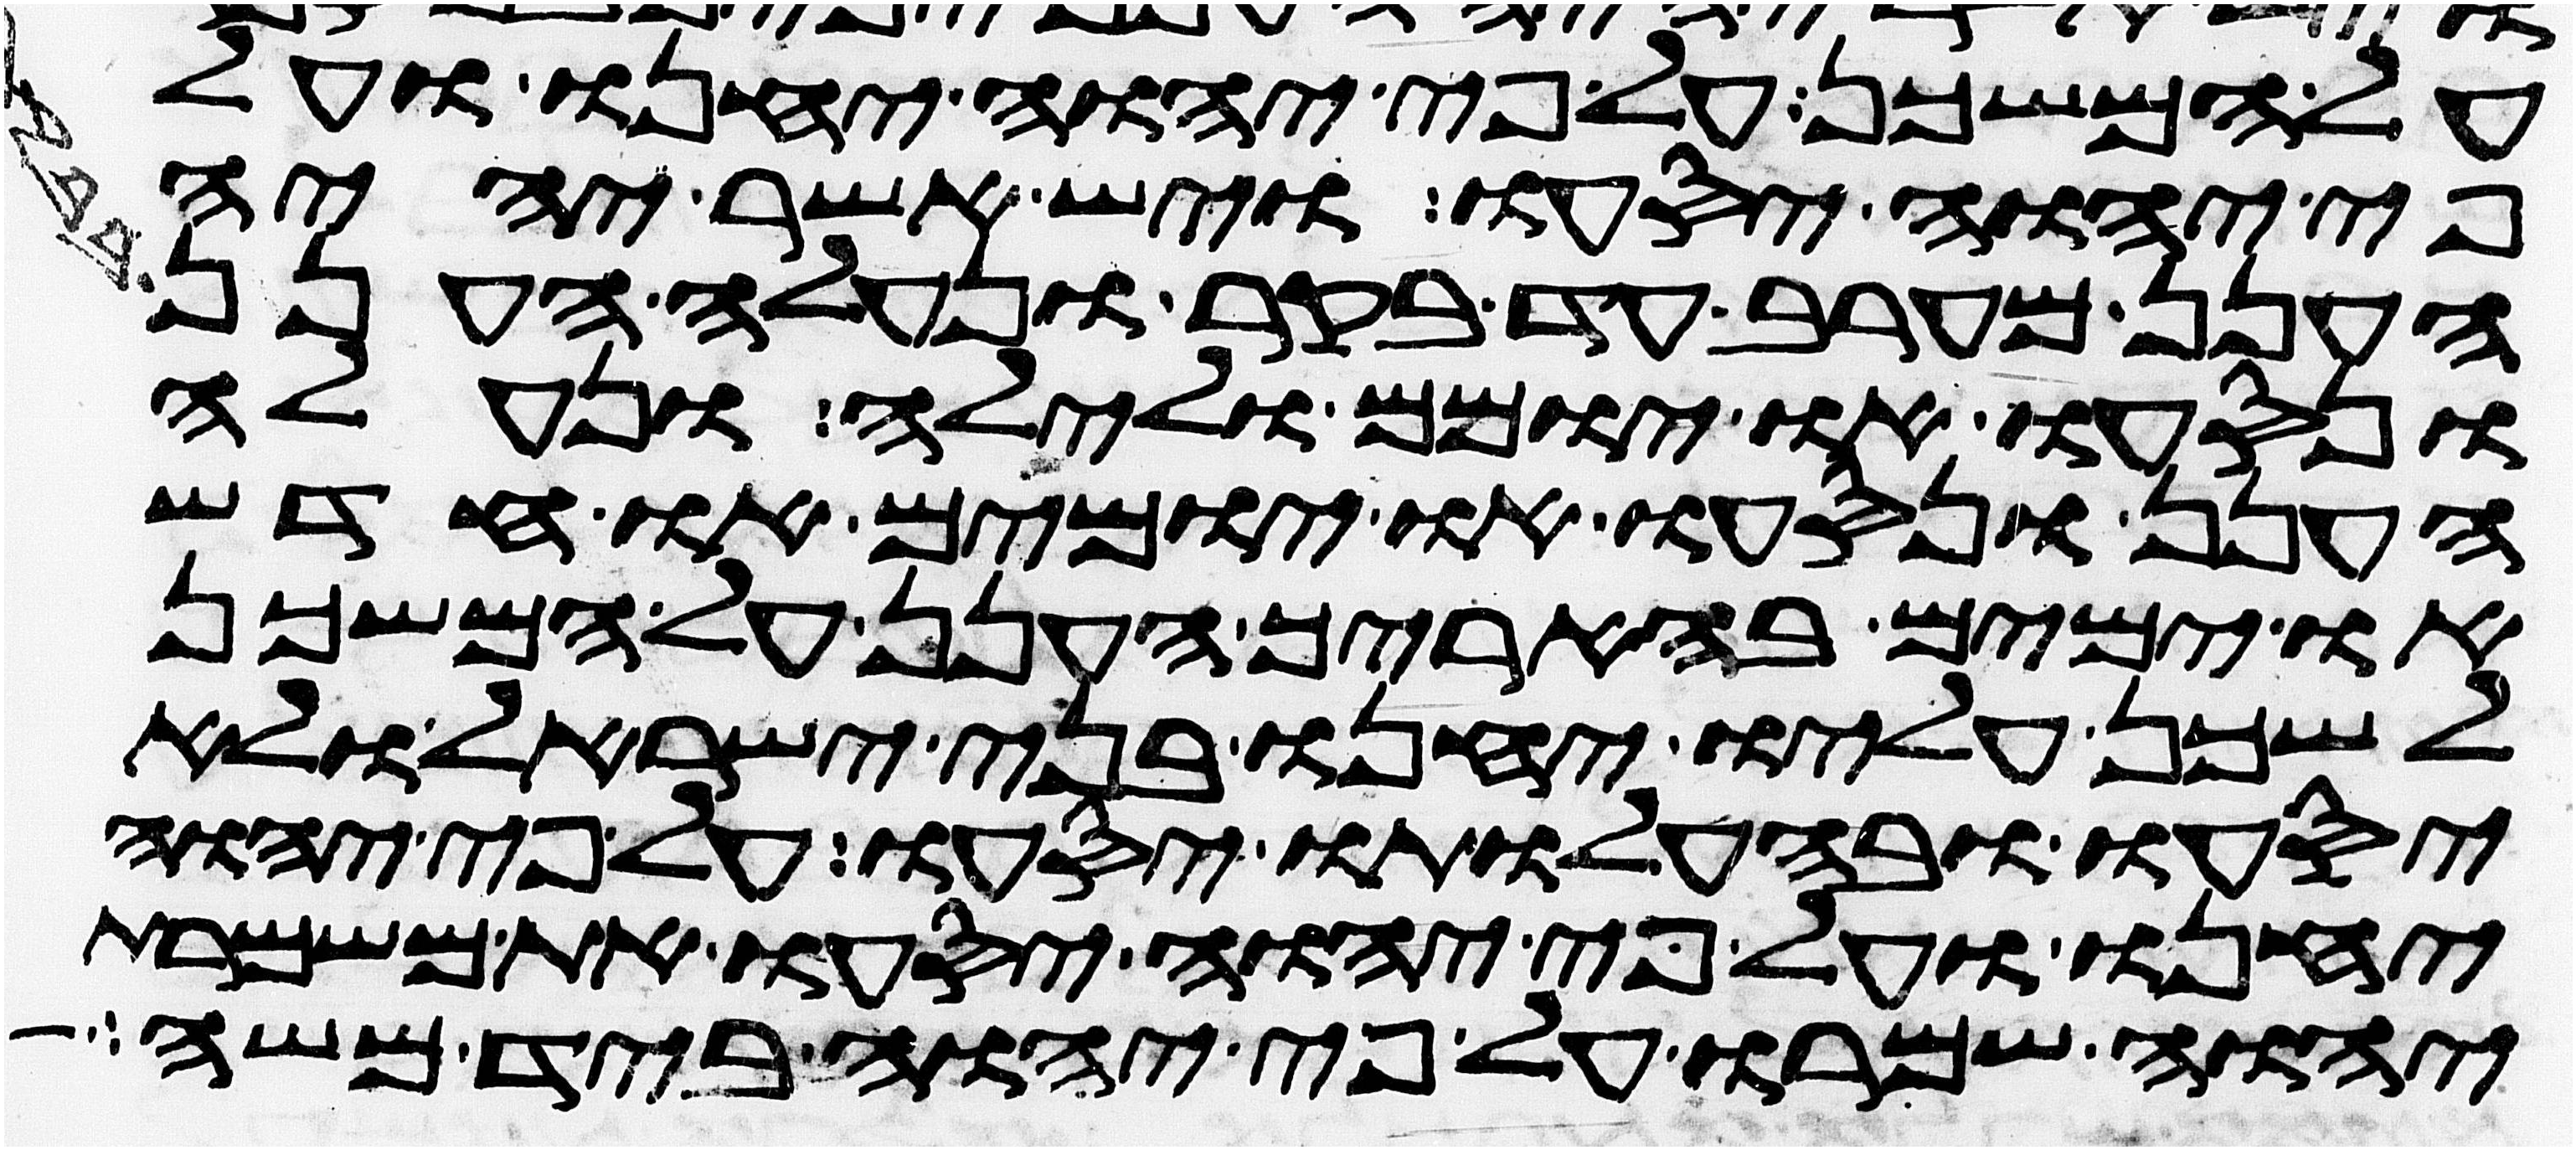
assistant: על המשכן על פי יהוה יחנו ועל
פי יהוה יסעו ויש אשר יהיה
הענן מערב עד בקר ונעלה הענן
ונסעו או יומם ולילה ונעלה
הענן ונסעו או יומים או חדש
או ימים בהאריך הענן על המשכן
לשכן עליו יחנו בני ישראל ולא
יסעו ובהעלותו יסעו על פי יהוה
יחנו ועל פי יהוה יסעו את משמרת
יהוה שמרו על פי יהוה ביד משה